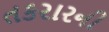
તકરારની